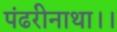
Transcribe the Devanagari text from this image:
पंढरीनाथा।।